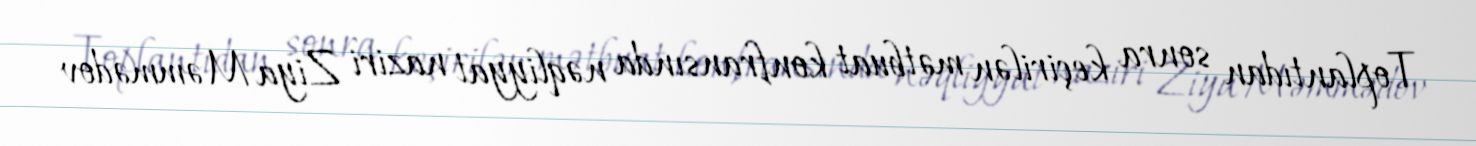
Toplantıdan sonra keçirilən mətbuat konfransında nəqliyyat naziri Ziya Məmmədov